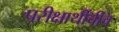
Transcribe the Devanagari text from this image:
परीक्षार्थींचीच